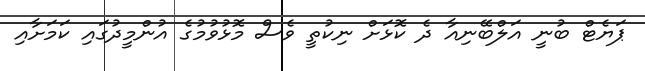
ޕަޔެޓް ބުނީ އަލްބޭނިއާ ދެ ކޮޅަށް ނިކުތީ ވެސް މޮޅުވުމުގެ އުންމީދުގައި ކަމަށާއި